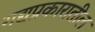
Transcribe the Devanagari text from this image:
गद्यप्रकारातील